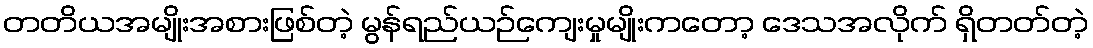
တတိယအမျိုးအစားဖြစ်တဲ့ မွန်ရည်ယဉ်ကျေးမှုမျိုးကတော့ ဒေသအလိုက် ရှိတတ်တဲ့